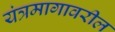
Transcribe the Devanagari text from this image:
यंत्रमागावरील